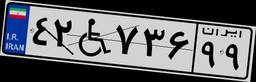
۴۲W۷۳۶۹۹